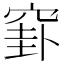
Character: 𥦛